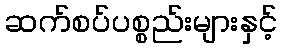
ဆက်စပ်ပစ္စည်းများနှင့်